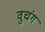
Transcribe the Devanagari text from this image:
वुचंग